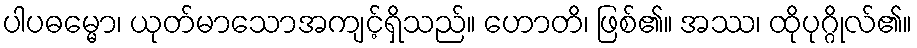
ပါပဓမ္မော၊ ယုတ်မာသောအကျင့်ရှိသည်။ ဟောတိ၊ ဖြစ်၏။ အဿ၊ ထိုပုဂ္ဂိုလ်၏။